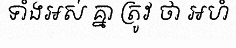
ទាំងអស់ គ្នា ត្រូវ ថា អហំ